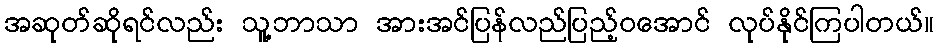
အဆုတ်ဆိုရင်လည်း သူ့ဘာသာ အားအင်ပြန်လည်ပြည့်ဝအောင် လုပ်နိုင်ကြပါတယ်။